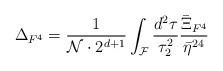
LaTeX: \begin{align*} \Delta_{F^4} = \frac{1}{{\cal{N}} \cdot 2^{d+1}} \int_{{\cal F}}\frac{d^2\tau}{\tau_2^2} \frac{\bar\Xi_{F^4}}{\bar\eta^{24} }\end{align*}